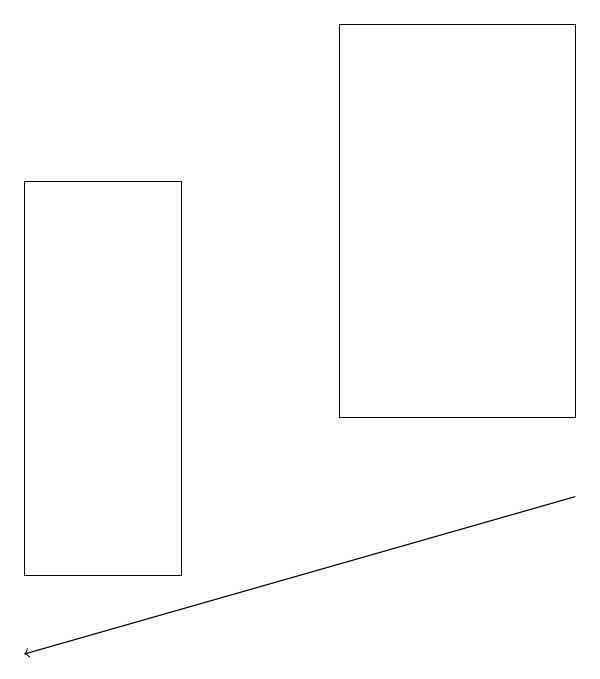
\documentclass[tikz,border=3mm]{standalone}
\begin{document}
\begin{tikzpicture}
\draw (8,14) rectangle (5,19);
\draw[->] (8,13) -- (1,11);
\draw (3,12) rectangle (1,17);
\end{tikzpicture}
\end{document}